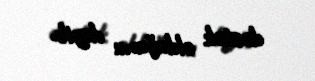
dəstək olduğunu deyib.